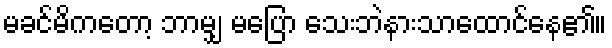
မခင်မိကတော့ ဘာမျှ မပြော သေးဘဲနားသာထောင်နေ၏။